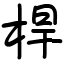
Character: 桿